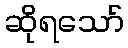
ဆိုရသော်